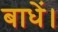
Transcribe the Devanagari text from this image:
बाधें।